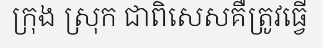
ក្រុង ស្រុក ជាពិសេសគឺត្រូវធ្វើ